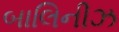
બાલિનીઝ